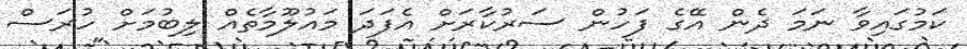
ކަމުގައިވާ ނަމަ ދެން އޭގެ ފަހުން ސަރުކާރަށް އެފަދަ މައުލޫމާތެއް ލިބުމަށް ހުރަސް